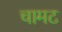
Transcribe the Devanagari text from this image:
चामट